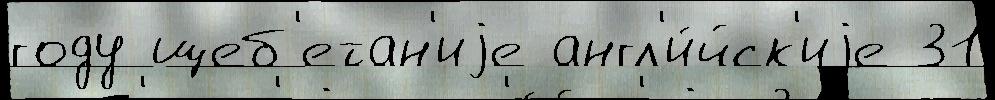
году щеб'етан'иjе англ'и́йск'иjе 31